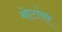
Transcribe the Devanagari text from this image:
बोटांवर